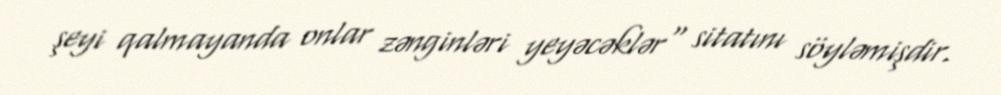
şeyi qalmayanda onlar zənginləri yeyəcəklər" sitatını söyləmişdir.